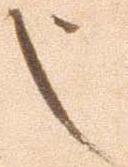
也